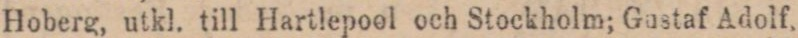
Hoberg, utkl. till Hartlepool och Stockholm; Gustaf Adolf.